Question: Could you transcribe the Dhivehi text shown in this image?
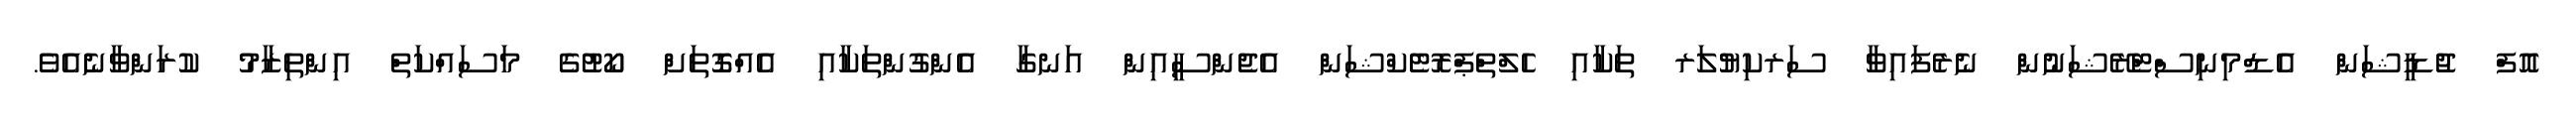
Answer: އޮފް ޖުޑީޝަން އެޑްމިނިސްޓްރޭޝަނުން ނެރެފައިވާ ސަރކިޔުލަރ ތަކާއި ހެލްތްޕްރޮޓެކްޝަން އެޖެންސީއިން އަނގާ އެންގުންތަކާއި އެއްގޮތަށް ކޯޓުގެ މަސައްކަތް އިންތިޒާމު ކުރަންވާނެއެވެ.